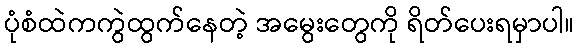
ပုံစံထဲကကွဲထွက်နေတဲ့ အမွေးတွေကို ရိတ်ပေးရမှာပါ။